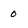
Character: o